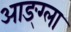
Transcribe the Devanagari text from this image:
आङ्ग्ला